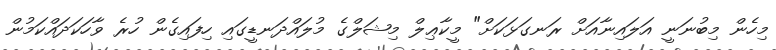
މިހެން މިބުނަނީ އަލައިނާއަށް ރަނގަޅަކަށް" މީކާޢިލް މިޝަލްގެ މުލައްދަނޑީގައި ހިފައިގެން ހުރެ ވާހަކަދައްކަމުން